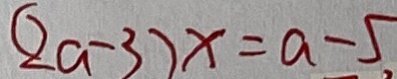
( 2 a - 3 ) x = a - 5 ,